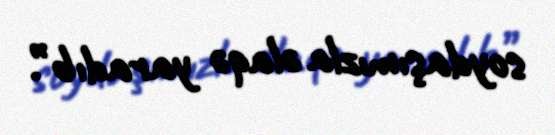
soydaşımızla əlaqə yaradıb”.